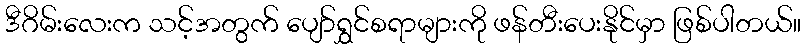
ဒီဂိမ်းလေးက သင့်အတွက် ပျော်ရွှင်စရာများကို ဖန်တီးပေးနိုင်မှာ ဖြစ်ပါတယ်။